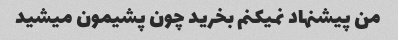
من پیشنهاد نمیکنم بخرید چون پشیمون میشید